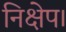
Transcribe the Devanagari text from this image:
निक्षेप।